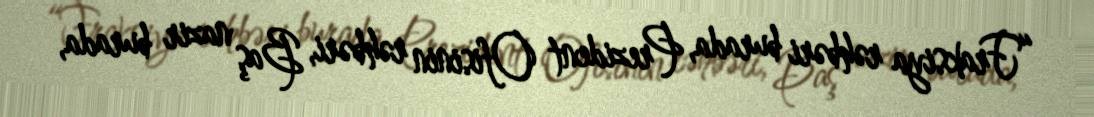
“Fraksiya rəhbəri burada, Prezident Ofisinin rəhbəri, Baş nazir burada,